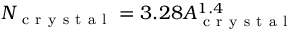
N _ { \mathrm { ~ c ~ r ~ y ~ s ~ t ~ a ~ l ~ } } = 3 . 2 8 A _ { \mathrm { ~ c ~ r ~ y ~ s ~ t ~ a ~ l ~ } } ^ { 1 . 4 }